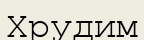
Хрудим